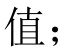
值;